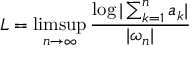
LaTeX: L = \operatorname* { l i m s u p } _ { n \to \infty } { \frac { \log \vert \sum _ { k = 1 } ^ { n } a _ { k } \vert } { | \omega _ { n } | } }